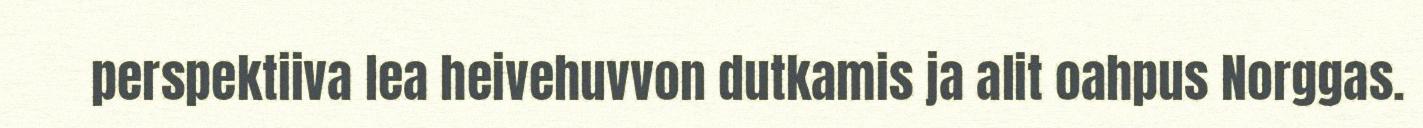
perspektiiva lea heivehuvvon dutkamis ja alit oahpus Norggas.